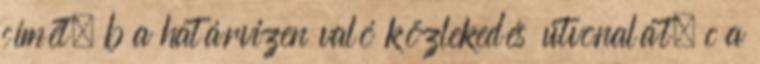
címét; b a határvizen való közlekedés útvonalát; c a